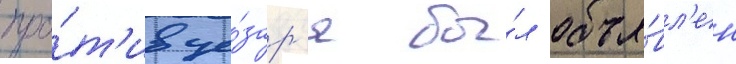
про́т'ив це́зар'я бы́л объя́вл'ен